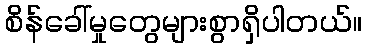
စိန်ခေါ်မှုတွေများစွာရှိပါတယ်။